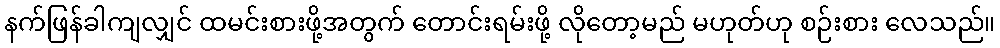
နက်ဖြန်ခါကျလျှင် ထမင်းစားဖို့အတွက် တောင်းရမ်းဖို့ လိုတော့မည် မဟုတ်ဟု စဉ်းစား လေသည်။